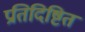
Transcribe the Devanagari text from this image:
प्रतिदिष्टित